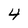
Character: 4